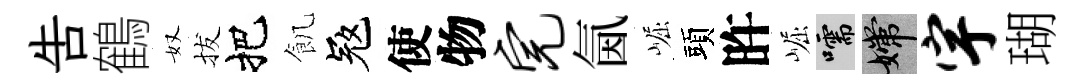
告鶴奴拔把飢冦使物完氤崛頭旿崛嚅嫦宇瑚